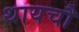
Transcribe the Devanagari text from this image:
थायचौ